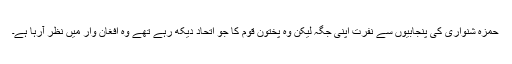
حمزہ شنواری کی پنجابیوں سے نفرت اپنی جگہ لیکن وہ پختون قوم کا جو اتحاد دیکھ رہے تھے وہ افغان وار میں نظر آرہا ہے۔